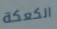
الكعكة